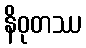
နိဝုတဿ